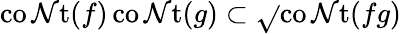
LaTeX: \operatorname{co\mathcal{N}t}(f)\operatorname{co\mathcal{N}t}(g)\subset{\sqrt{}{{\operatorname{co\mathcal{N}t}(fg)}}}